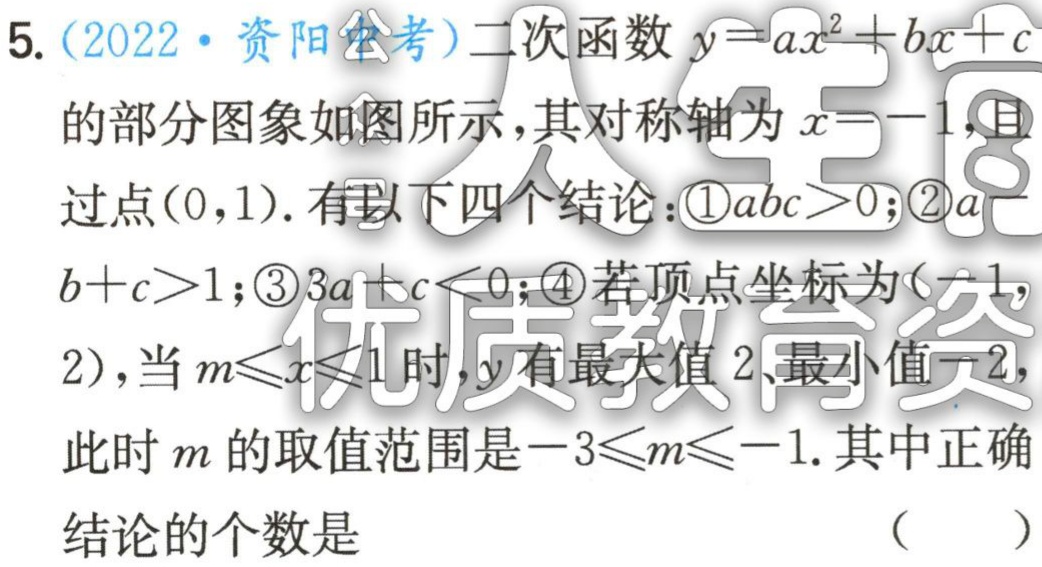
5.（2022·资阳中考）二次函数\(y = ax^{2}+bx + c\)
的部分图象如图所示，其对称轴为\(x = -1\)，且
过点\((0,1)\). 有以下四个结论：\textcircled{1}\(abc>0\)；\textcircled{2}\(a -
b + c>1\)；\textcircled{3}\(3a + c<0\)；\textcircled{4}若顶点坐标为\(( - 1,
2)\)，当\(m\leqslant x\leqslant1\)时，\(y\)有最大值\(2\)、最小值\(-2\)，
此时\(m\)的取值范围是\(-3\leqslant m\leqslant -1\). 其中正确
结论的个数是 （  ）